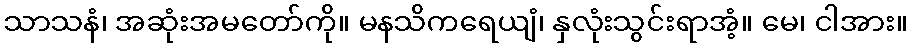
သာသနံ၊ အဆုံးအမတော်ကို။ မနသိကရေယျံ၊ နှလုံးသွင်းရာအံ့။ မေ၊ ငါအား။